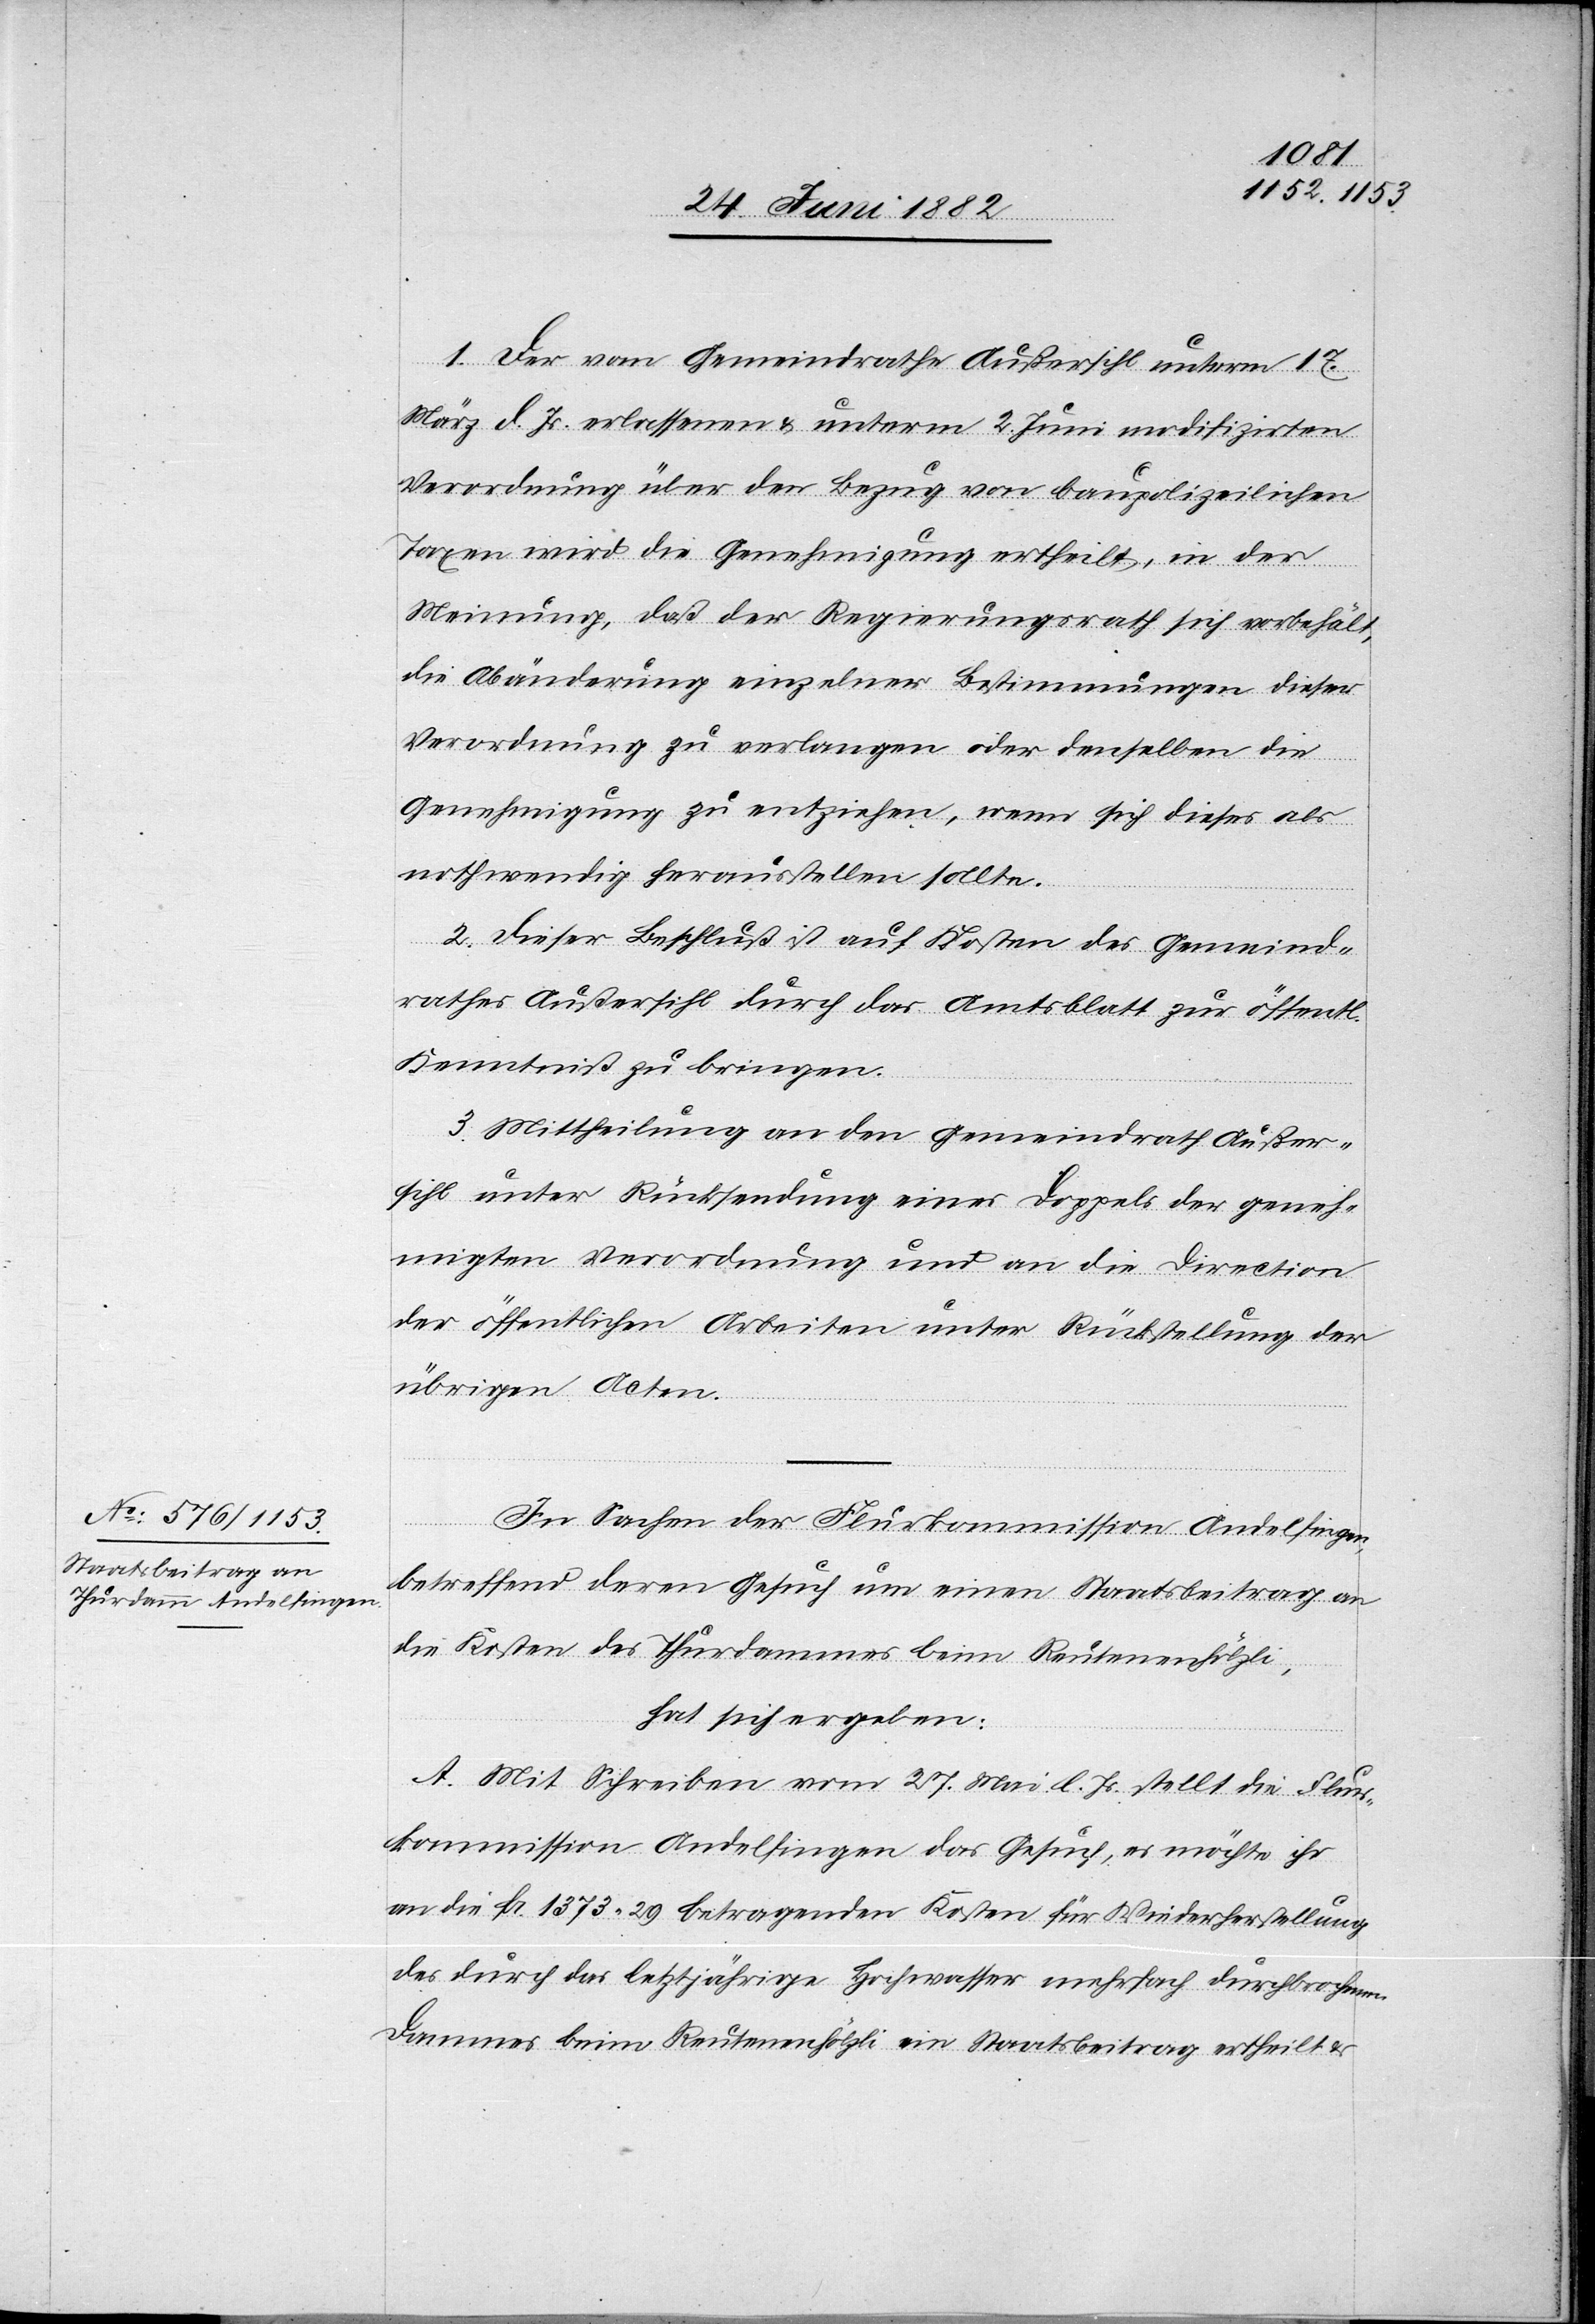
1. Der vom Gemeindrathe Außersihl unterm 17.
März d. Js. erlassenen & unterm 2. Juni modifizirten
Verordnung über den Bezug von baupolizeilichen
Taxen wird die Genehmigung ertheilt, in der
Meinung, daß der Regierungsrath sich vorbehält,
die Abänderung einzelner Bestimmungen dieser
Verordnung zu verlangen oder denselben die
Genehmigung zu entziehen, wenn sich dieses als
nothwendig herausstellen sollte.
2. Dieser Beschluß ist auf Kosten des Gemeind¬
rathes Außersihl durch das Amtsblatt zur öffentl.
Kenntniß zu bringen.
3. Mittheilung an den Gemeindrath Außer¬
sihl unter Rücksendung eines Doppels der geneh¬
migten Verordnung und an die Direction
der öffentlichen Arbeiten unter Rückstellung der
übrigen Acten.
In Sachen der Flurkommission Andelfingen,
betreffend deren Gesuch um einen Staatsbeitrag an
die Kosten des Thurdammes beim Reutenenhölzli,
hat sich ergeben:
A. Mit Schreiben vom 27. Mai l. Js. stellt die Flur¬
kommission Andelfingen das Gesuch, es möchte ihr
an die Fr. 1373 29 betragenden Kosten für Wiederherstellung
des durch das letztjährige Hochwasser mehrfach durchbrochenen
Dammes beim Reutenenhölzli ein Staatsbeitrag ertheilt &